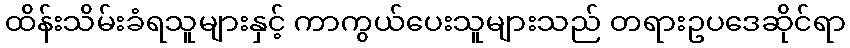
ထိန်းသိမ်းခံရသူများနှင့် ကာကွယ်ပေးသူများသည် တရားဥပဒေဆိုင်ရာ